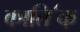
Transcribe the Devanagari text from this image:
काति॔क